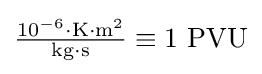
{\textstyle {10^{-6}\cdot \mathrm {K} \cdot \mathrm {m} ^{2} \over \mathrm {kg} \cdot \mathrm {s} }\equiv 1\ \mathrm {PVU} }